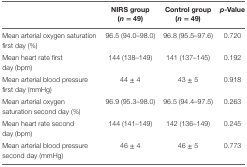
<table><thead><tr><td></td><td><b>NIRS group (<i>n</i> = 49)</b></td><td><b>Control group (<i>n</i> = 49)</b></td><td><b><i>p</i>-Value</b></td></tr></thead><tbody><tr><td>Mean arterial oxygen saturation first day (%)</td><td>96.5 (94.0–98.0)</td><td>96.8 (95.5–97.6)</td><td>0.720</td></tr><tr><td>Mean heart rate first day (bpm)</td><td>144 (138–149)</td><td>141 (137–145)</td><td>0.192</td></tr><tr><td>Mean arterial blood pressure first day (mmHg)</td><td>44 ± 4</td><td>43 ± 5</td><td>0.918</td></tr><tr><td>Mean arterial oxygen saturation second day (%)</td><td>96.9 (95.3–98.0)</td><td>96.5 (94.4–97.5)</td><td>0.263</td></tr><tr><td>Mean heart rate second day (bpm)</td><td>144 (141–149)</td><td>142 (136–149)</td><td>0.245</td></tr><tr><td>Mean arterial blood pressure second day (mmHg)</td><td>46 ± 4</td><td>46 ± 5</td><td>0.773</td></tr></tbody></table>